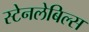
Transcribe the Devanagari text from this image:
स्टेनलेबिल्स